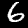
Digit: 6